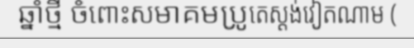
ឆ្នាំថ្មី ចំពោះសមាគមប្រូតេស្តង់វៀតណាម (